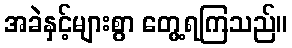
အခဲနှင့်များစွာ တွေ့ရကြသည်။